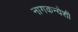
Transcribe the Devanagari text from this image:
नागकन्येशी